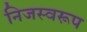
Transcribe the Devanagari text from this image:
निजस्वरूप